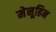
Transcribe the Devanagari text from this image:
मेनूहिन